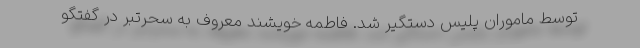
توسط ماموران پلیس دستگیر شد. فاطمه خویشند معروف به سحرتبر در گفتگو